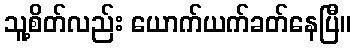
သူ့စိတ်လည်း ယောက်ယက်ခတ်နေပြီ။